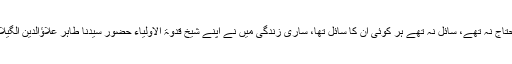
ان کی عزت نفس دیکھ کر غوث پاک کی عزت نفس یاد آجاتی، وہ کسی دنیا کے در کے محتاج نہ تھے، سائل نہ تھے ہر کوئی ان کا سائل تھا، ساری زندگی میں نے اپنے شیخ قدوۃ الاولیاء حضور سیدنا طاہر علاؤالدین الگیلانی البغدادی رضی اللہ عنہ کو جس پہلو سے بھی دیکھا ان کو پہاڑ پایا اور خود کو ذرہ پایا۔